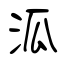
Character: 泒